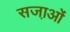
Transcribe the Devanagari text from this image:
सजा़ओं